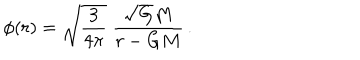
\phi ( r ) = \sqrt { \frac { 3 } { 4 \pi } } \; \frac { \sqrt { G } M } { r - G M } \, .